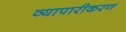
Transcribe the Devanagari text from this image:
व्‍यापारीकरण